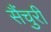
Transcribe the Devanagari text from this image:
सैंचुरी